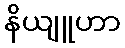
နိယျူဟာ